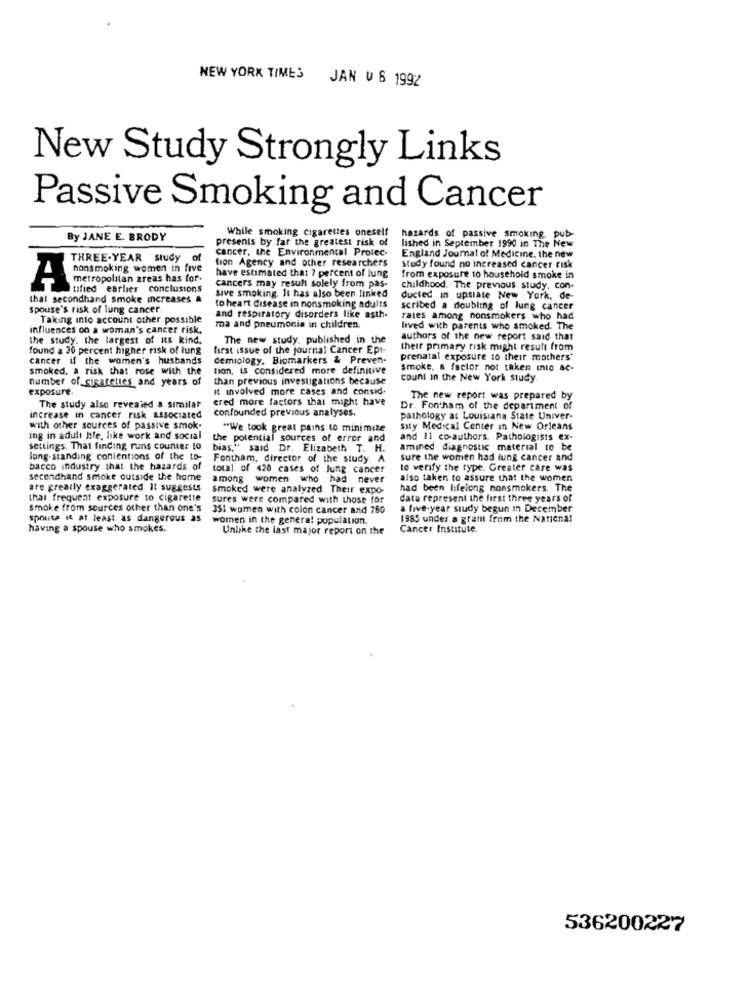
NEW YORK TIMES JAN V 6 1992
New Study Strongly Links
Passive Smoking and Cancer
While smoking cigarettes oneself
By JANE E. BRODY
presents by far the greatest risk of
hazards of passive smoking. pub-
cancer, the Environmental Protec-
lished in September 1990 in The New
THREE-YEAR Study of
tion Agency and other researchers
England Journal of Medicine, the new
have estimated that 7 percent of lung
study found no increased cancer risk
metropolitan areas has for-
cancers may result solely from pas-
from exposure 10 household smoke in
mesmoking women in five
tified earlier conclusions
sive smoking. It has also been linked
childhood. The previous study, con-
that secondhand smoke increases &
ducted in upstate New York, de-
Spouse's risk of lung cancer
to heart disease in nonsmoking adults
scribed a doubling of lung cancer
Taking into account other possible
and respiratory disorders like asth-
rates among nonsmokers who had
influences on a woman's cancer risk.
ma and pneumonia in children.
lived with parents who smoked. The
the study. the largest of its kind,
The new study, published in the
authors of the new report said that
found a 30 percent higher risk of lung
first issue of the journal Cancer Ept-
their primary risk might result from
cancer if the women's husbands
demiology. Biomarkers & Preven-
prenatal exposure to their mothers*
smoked, a risk that rose with the
tion, is considered more definitive
smoke, s factor not taken into ac-
number of cigarettes and years of
than previous investigations because
count In the New York study
exposure.
It involved more cases and consid.
ered more factors that might have
The new report was prepared by
The study also revealed a similar
confounded previous analyses.
Dr. Forham of the department of
increase in cancer risk associated
pathology at Louisiana State Univer-
with other sources of passive smok-
"We took great pains to minimize
Sity Medical Center In New Orleans
ing in adult life, like work and social
the potential sources of error and
and 11 co-authors. Pathologists ex-
settings. That finding runs counter to
bias," said
Dr. Elizabeth T.
amined diagnostic material to be
long-standing contentions of the to-
Fontham, director of the study. A
sure the women had lung cancer and
bacco industry that the hazards of
total of 420 cases of lung cancer
to verify the type. Greater care was
secondhand smoke outside the home
among women who had never
also taken to assure that the women
are greatly exaggerated. Il suggests
Smoked were analyzed. Their expo-
had been hfelong nonsmokers. The
that frequent exposure to cigarette
sures were compared with those for
data represent the first three years of
smoke from sources other than one's
351 women with colon cancer and 780
a five-year study begun in December
spouse it at least as dangerous as
women in the general population.
1985 under a grant from the National
having a spouse who smokes.
Unlike the last major report on the
Cancer Institute.
536200227